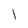
Character: 1